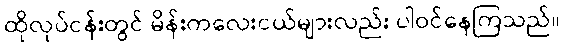
ထိုလုပ်ငန်းတွင် မိန်းကလေးငယ်များလည်း ပါဝင်နေကြသည်။